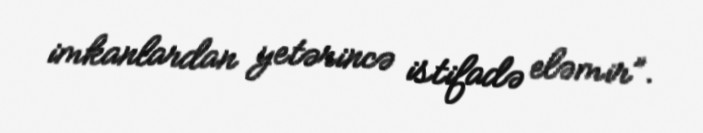
imkanlardan yetərincə istifadə eləmir”.